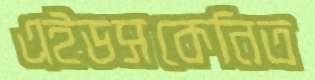
এইডসকেনিত